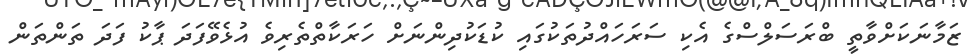
ޒަމާނަކަށްވާތީ ބްރަސަލްސްގެ އެކި ސަރަހައްދުތަކުގައި ކުޑަކުދިންނަށް ހަރަކާތްތެރިވެ އުޅެވޭފަދަ ޕާކު ފަދަ ތަންތަން